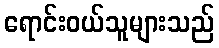
ရောင်းဝယ်သူများသည်